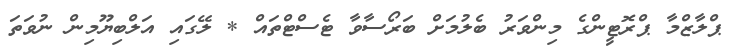
ޕްލާޒްމާ ޕްރޮޓީންގެ މިންވަރު ބެލުމަށް ބަރޯސާވާ ޓެސްޓްތައް * ލޭގައި އަލްބިޔޫމިން ނުވަތަ